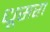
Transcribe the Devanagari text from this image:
धूसरा